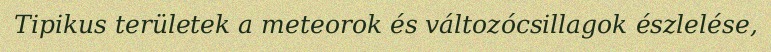
Tipikus területek a meteorok és változócsillagok észlelése,